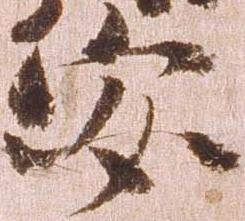
安